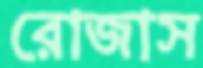
রোজাস